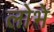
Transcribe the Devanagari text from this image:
लोभे